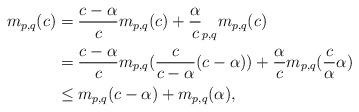
LaTeX: \begin{align*}m_{p,q}(c)&=\frac{c-\alpha}{c}m_{p,q}(c)+\frac{\alpha}{c}_{p,q}m_{p,q}(c)\\&=\frac{c-\alpha}{c}m_{p,q}(\frac{c}{c-\alpha}(c-\alpha))+\frac{\alpha}{c}m_{p,q}(\frac{c}{\alpha}\alpha)\\&\leq m_{p,q}(c-\alpha)+m_{p,q}(\alpha),\\\end{align*}